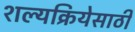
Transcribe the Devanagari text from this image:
शल्यक्रियेसाठी